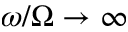
\omega / \Omega \rightarrow \infty